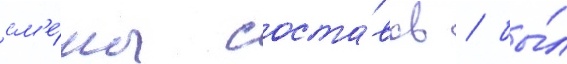
см'е́ны соста́вов / бы́л